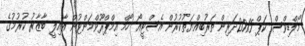
މޯލްޑިވްސް ކަޕް 2015ދަރިން ތަރުބިއްޔަތުކުރުން އެސްޓީއޯ ހޯމް އިމްޕްރޫވްމަންޓުން އާއިލީ ބާޒާރު ކުރުމުގެ